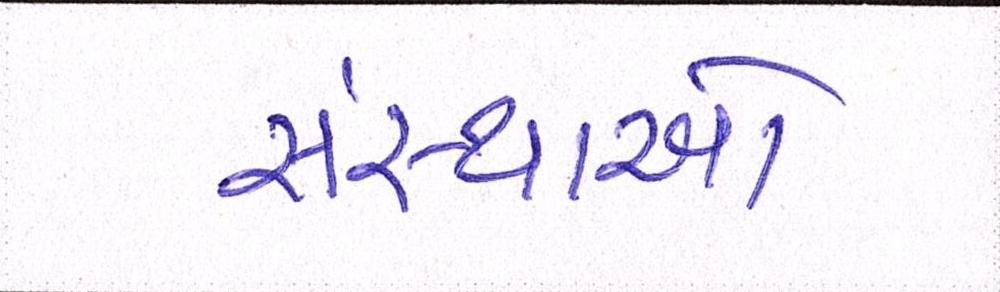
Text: સંસ્થાઓ